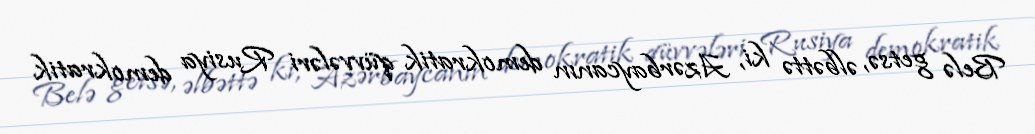
Belə getsə, əlbəttə ki, Azərbaycanın demokratik qüvvələri Rusiya demokratik